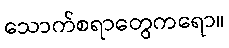
သောက်စရာတွေကရော။